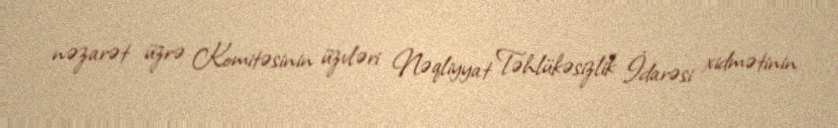
nəzarət üzrə Komitəsinin üzvləri Nəqliyyat Təhlükəsizlik İdarəsi xidmətinin